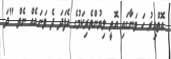
އޮތްއިރު ހަ ވަނާގައި އޮތީ ލިޔުންތެރިކަމުގެ އެފަދަ ދެ ވަނައެއް ނެތް "ދަ